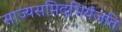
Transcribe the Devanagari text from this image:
साज्यसमिदभिर्यजति